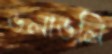
ডলাডলি